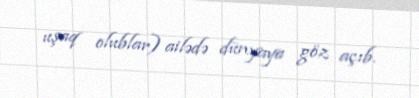
uşaq olublar) ailədə dünyaya göz açıb.